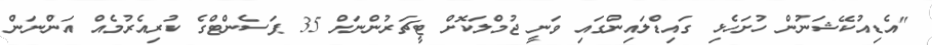
"އެޑިއުކޭޝަނުން ހުށަހެޅި ގައިޑްލައިންގައި ވަނީ ޖުމްލަކޮށް ޓީޗަރުންނަށް 35 ޕަސެންޓްގެ ކުރިއެރުމެއް އަންނަން